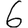
Digit: 6